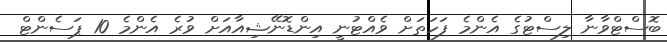
ބޮސްޓްވާނާ ލިސްޓުގެ އެންމެ ފަހަތަށް ވެއްޓުނީ އިންޑޮނޭޝިއާއަށް ވުރެ އެންމެ 10 ޕަސެންޓް